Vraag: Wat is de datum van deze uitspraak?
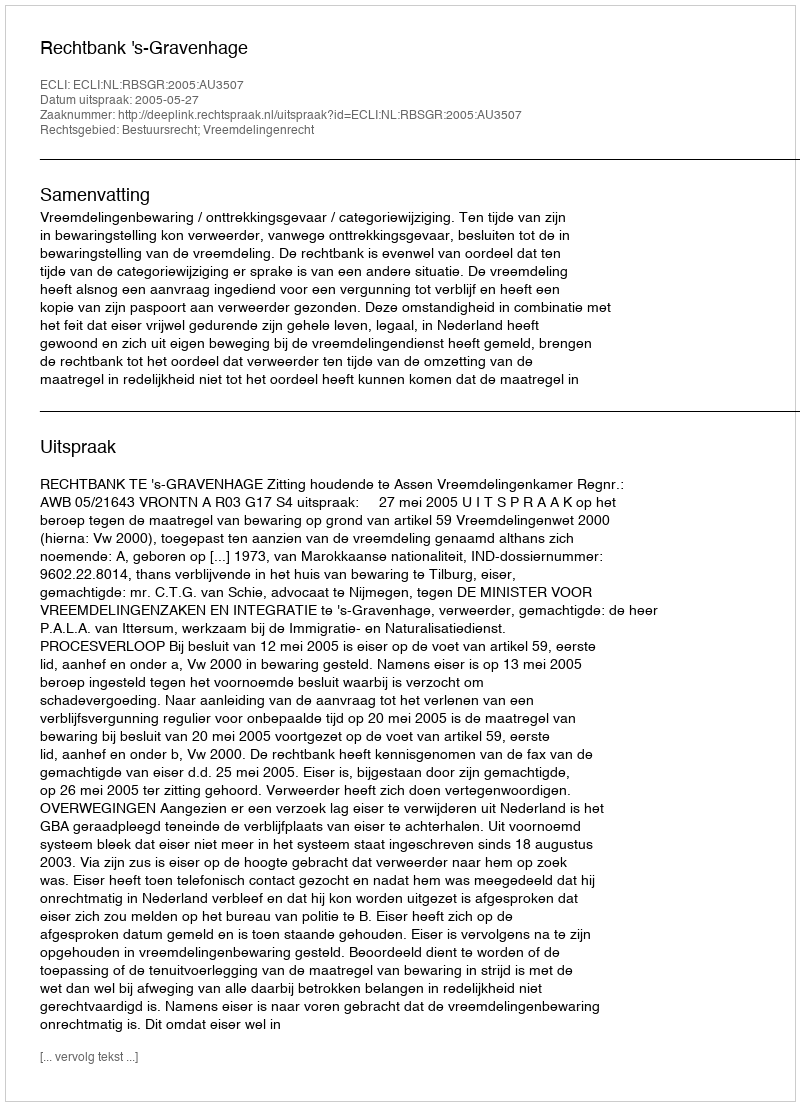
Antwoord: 2005-05-27